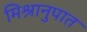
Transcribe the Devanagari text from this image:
मिश्रानुपात